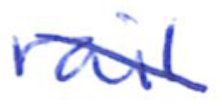
Text: rail
Cross-out: diagonal
Writing tool: ballpoint